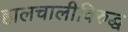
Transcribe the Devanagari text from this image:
हालचालीविरुद्ध